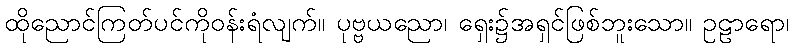
ထိုညောင်ကြတ်ပင်ကိုဝန်းရံလျက်။ ပုဗ္ဗယညော၊ ရှေး၌အရှင်ဖြစ်ဘူးသော။ ဥဠာရော၊